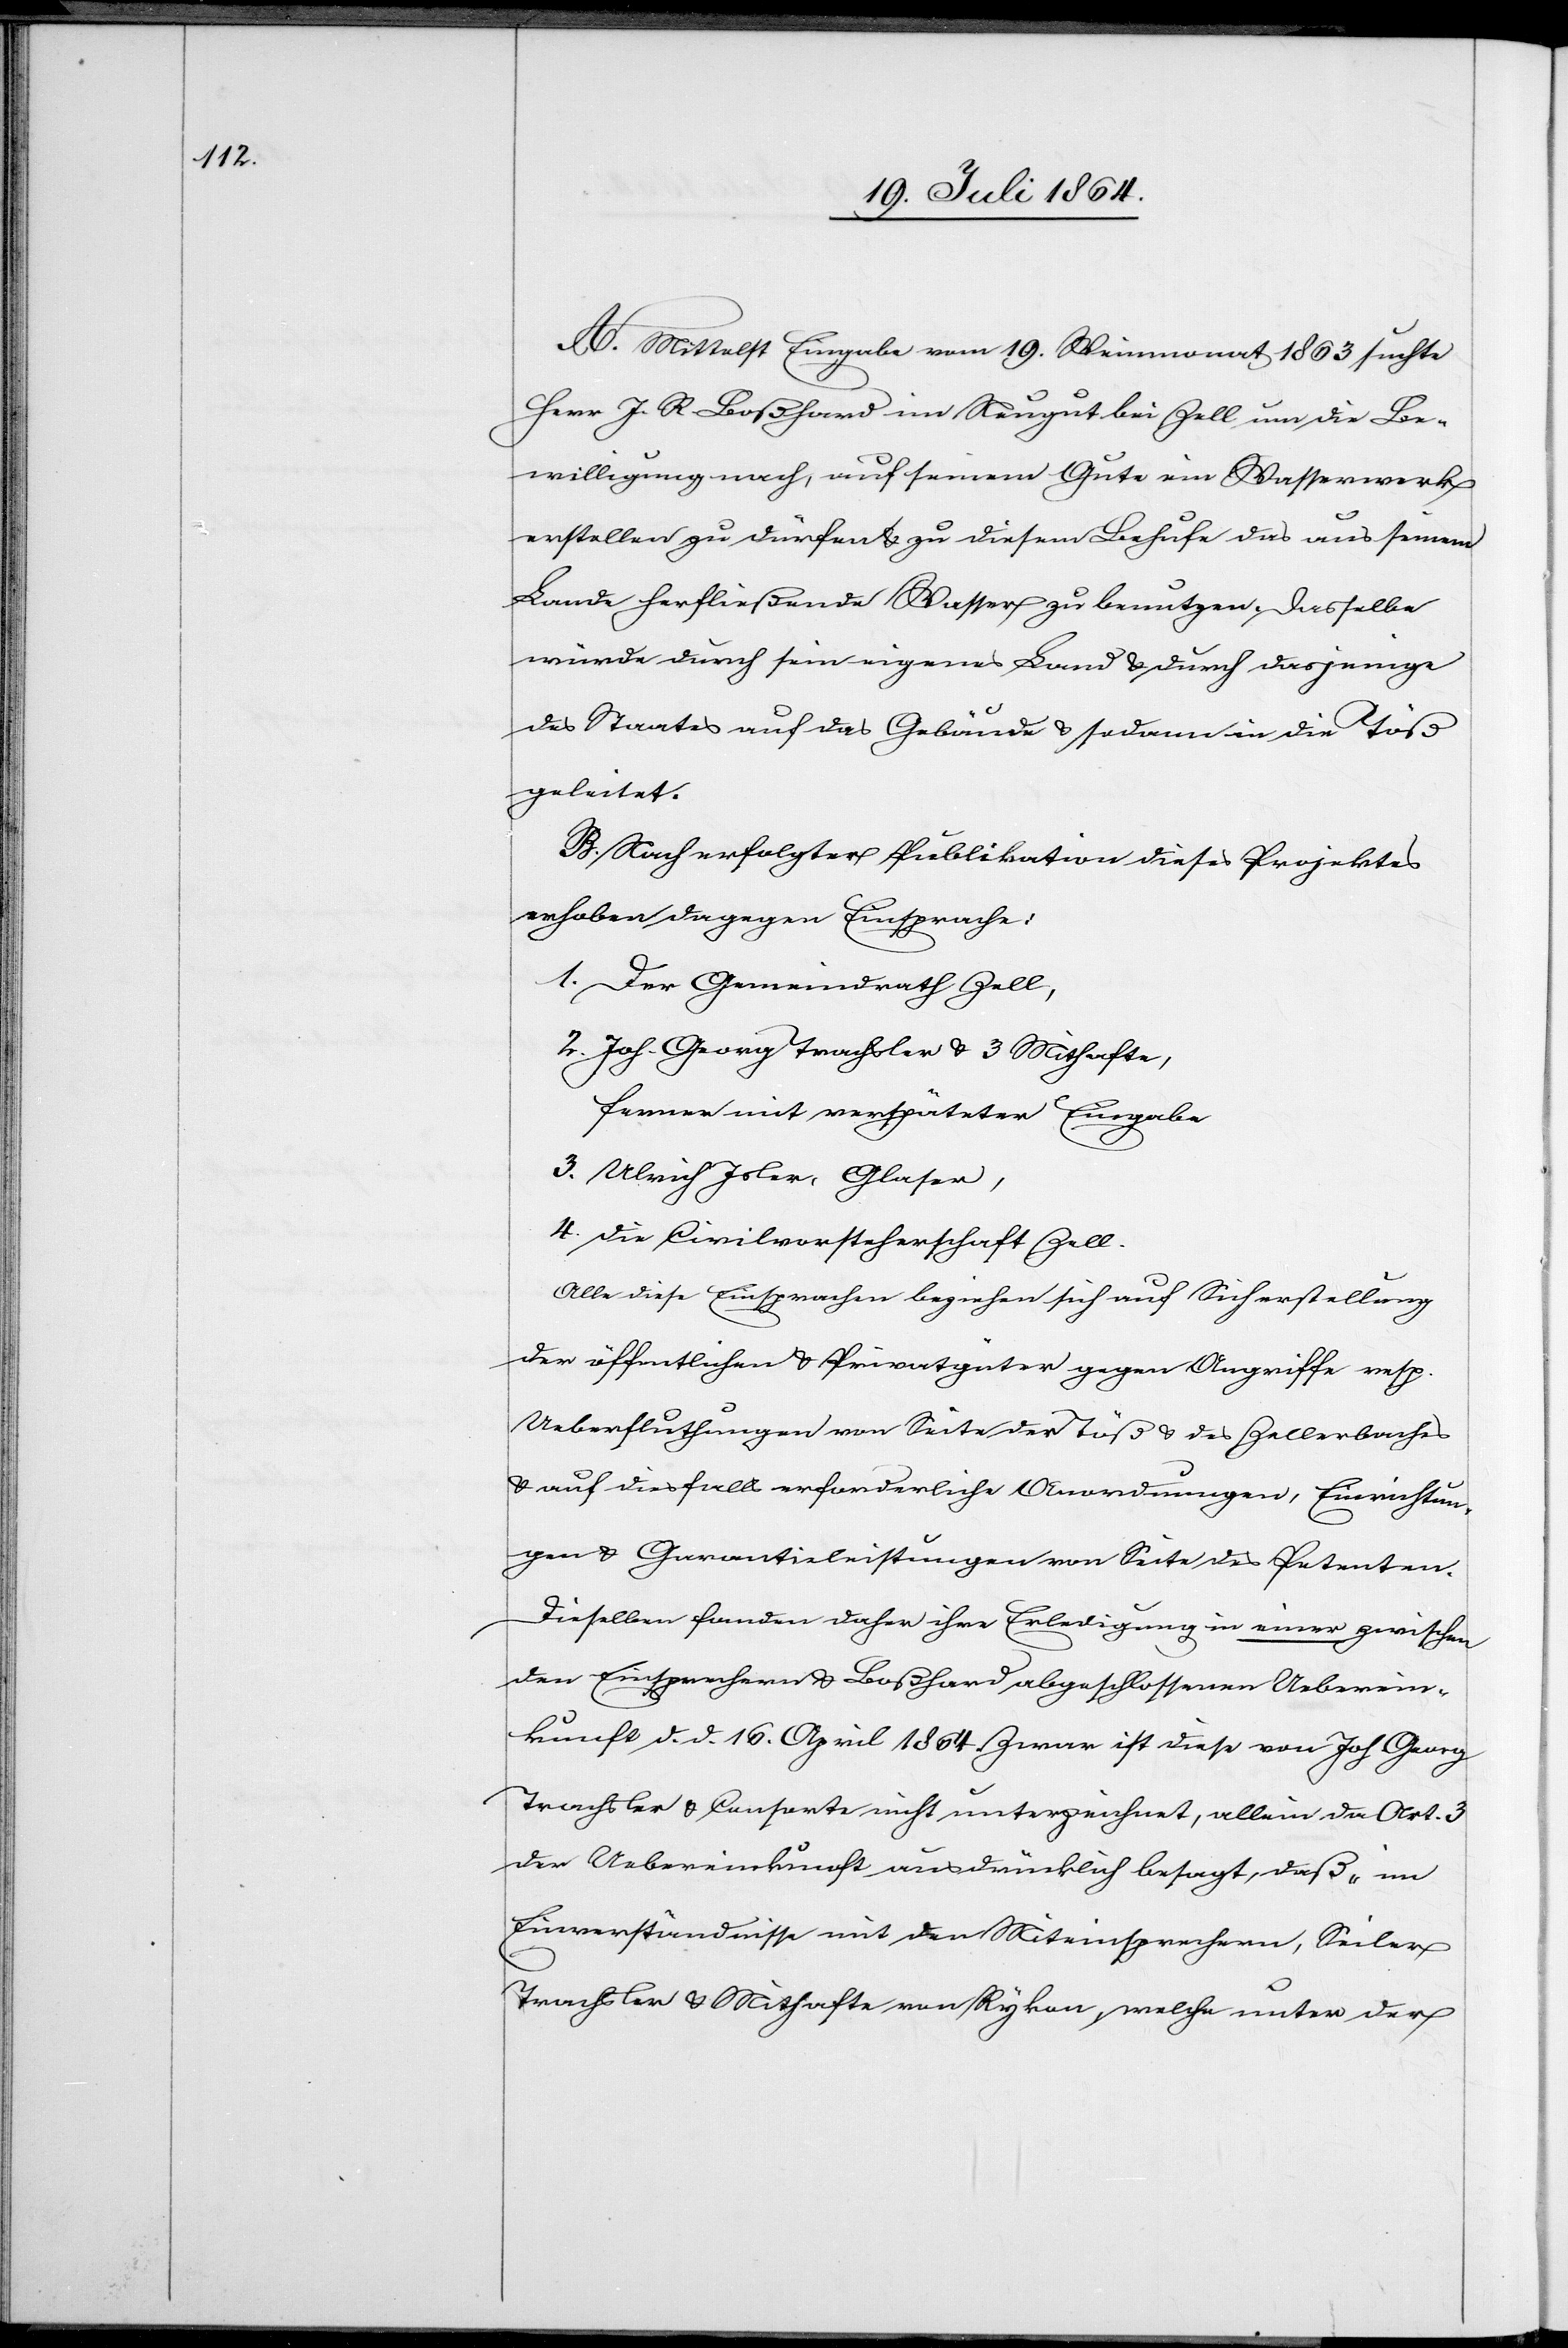
A. Mittelst Eingabe vom 19. Weinmonat 1863 suchte
Herr J. R. Boßhard im Neugut bei Zell um die Be¬
willigung nach, auf seinem Gute ein Wasserwerk
erstellen zu dürfen u. zu diesem Behufe das aus seinem
Lande herbeifließende Wasser zu benutzen. Dasselbe
würde durch sein eigenes Land u. durch dasjenige
des Staates auf das Gebäude u. sodann in die Töß
geleitet.
B. Nach erfolgter Publikation dieses Projektes
erhoben dagegen Einsprache:
1. Der Gemeindrath Zell,
2. Joh. Georg Trachsler u. 3 Mithafte,
ferner mit verspäteter Eingabe
3. Ulrich Isler, Glaser,
4. Die Civilvorsteherschaft Zell.
Alle diese Einsprachen beziehen sich auf Sicherstellung
der öffentlichen u. Privatgüter gegen Angriffe resp.
Ueberfluthungen von Seite der Töß u. des Zellerbaches
u. auf diesfalls erforderliche Anordnungen, Einrichtun¬
gen u. Garantieleistungen von Seite des Petenten.
Dieselben fanden daher ihre Erledigung in einer zwischen
den Einsprechern u. Boßhard abgeschlossenen Ueberein¬
kunft d. d. 16. April 1864. Zwar ist diese von Joh. Georg
Trachsler u. Consorte nicht unterzeichnet, allein da Art. 3
der Uebereinkunft ausdrücklich besagt, daß „im
Einverständnisse mit den Miteinsprechern, Seiler[,]
Trachsler u. Mithafte von Rykon, welche unter der